Elephants and their diseases
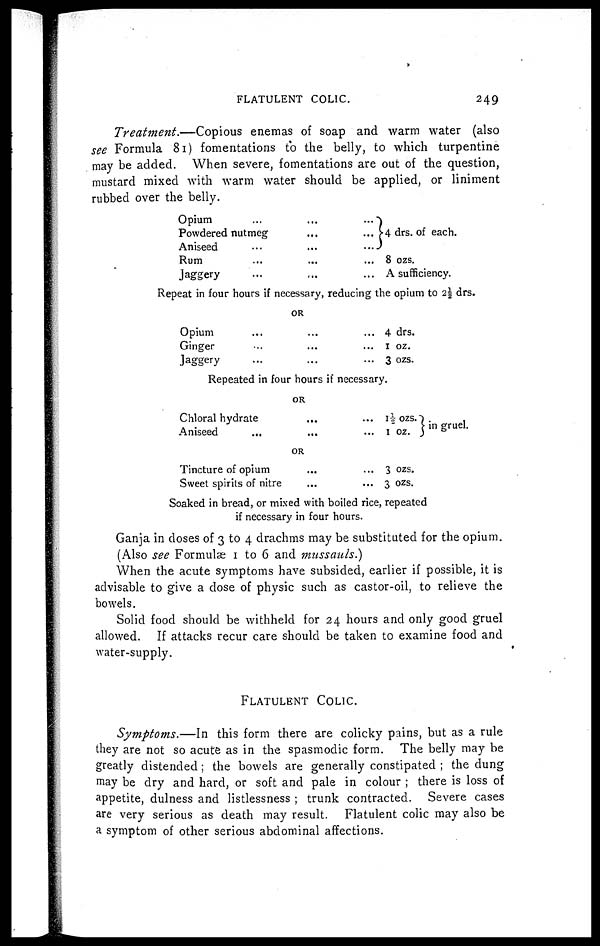
FLATULENT COLIC.
249
Treatment.—Copious
enemas of soap and warm water (also
see Formula 81) fomentations to the belly, to which turpentine
may be added. When severe, fomentations are out of the question,
mustard mixed with warm water should be applied, or liniment
rubbed over the belly.
Opium
...
...
...
Powdered nutmeg
...
...
Aniseed
...
...
...
Rum
...
...
...
Jaggery .........
4 drs. of each.
8 ozs.
A sufficiency.
Repeat in four hours if necessary, reducing the opium to 2½ drs.
OR
Opium
......
...
Ginger
......
Jaggery......
4 drs.
1 oz.
3 ozs.
Repeated in four hours if necessary.
OR
Chloral hydrate
..
Aniseed
......
...
1½ ozs.
1 oz.
in gruel.
OR
Tincture of opium
...
...
Sweet spirits of nitre
...
...
3 ozs.
3 ozs.
Soaked in bread, or mixed with boiled rice, repeated
if necessary in four hours.
Ganja in doses of 3 to 4 drachms may be substituted for the opium.
(Also see Formulae 1 to 6 and mussauls.)
When the acute symptoms have subsided, earlier if possible, it is
advisable to give a dose of physic such as castor-oil, to relieve the
bowels.
Solid food should be withheld for 24 hours and only good gruel
allowed. If attacks recur care should be taken to examine food and
water-supply.
FLATULENT COLIC.
Symptoms.—In
this form there are colicky pains, but as a rule
they are not so acute as in the spasmodic form. The belly may be
greatly distended ; the bowels are generally constipated ; the dung
may be dry and hard, or soft and pale in colour ; there is loss of
appetite, dulness and listlessness ; trunk contracted. Severe cases
are very serious as death may result. Flatulent colic may also be
a symptom of other serious abdominal affections.